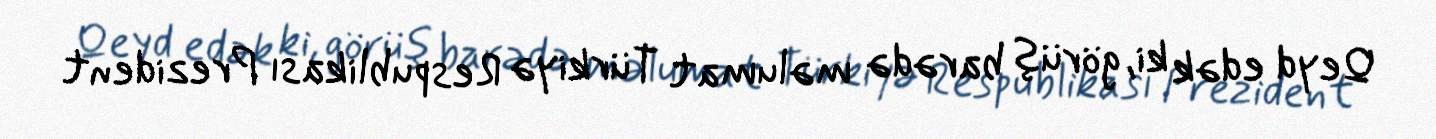
Qeyd edək ki, görüş barədə məlumat Türkiyə Respublikası Prezident